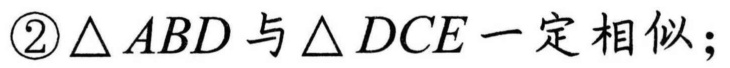
\textcircled{2}$\triangle ABD$与$\triangle DCE$一定相似；